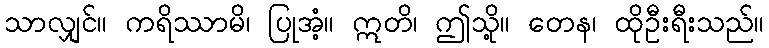
သာလျှင်။ ကရိဿာမိ၊ ပြုအံ့။ ဣတိ၊ ဤသို့။ တေန၊ ထိုဦးရီးသည်။